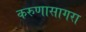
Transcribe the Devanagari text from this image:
करुणासागरा